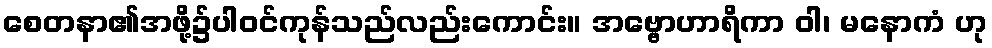
စေတနာ၏အဖို့၌ပါဝင်ကုန်သည်လည်းကောင်း။ အဗ္ဗောဟာရိကာ ဝါ၊ မနောကံ ဟု